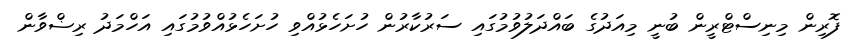
ފޮރިން މިނިސްޓްރީން ބުނީ މިއަދުގެ ބައްދަލުވުމުގައި ސަރުކާރުން ހުށަހެޅުއްވި ހުށަހެޅުއްވުމުގައި އަހްމަދު ރިޟްވާން